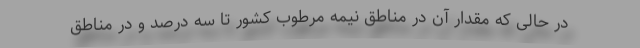
در حالی که مقدار آن در مناطق نیمه مرطوب کشور تا سه درصد و در مناطق